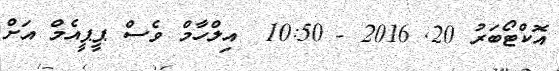
އޮކްޓޯބަރު 20